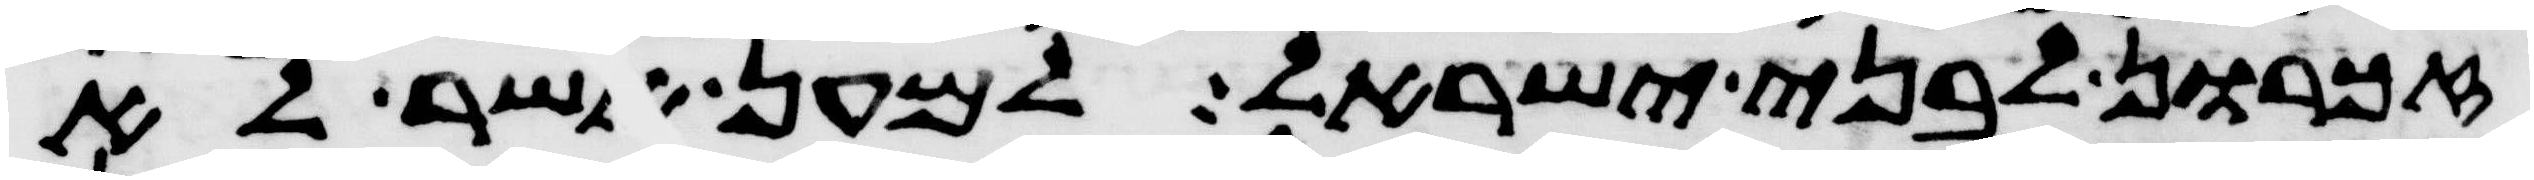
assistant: זכרון לבני ישראל למען אשר לא